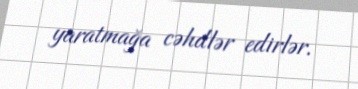
yaratmağa cəhdlər edirlər.